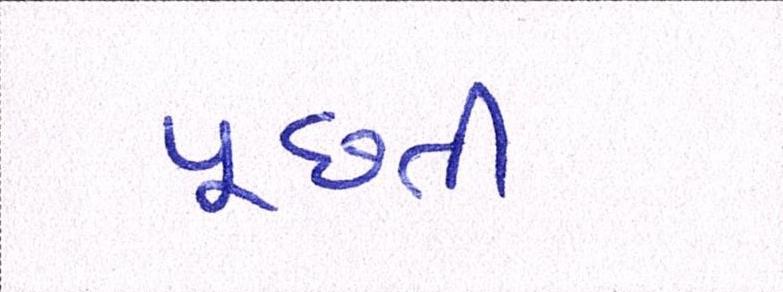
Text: પૂછતી